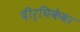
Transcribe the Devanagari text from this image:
दीर्घिकेवर